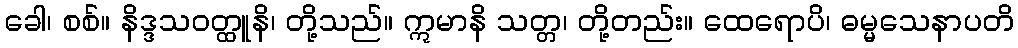
ခေါ၊ စစ်။ နိဒ္ဒသဝတ္ထူနိ၊ တို့သည်။ ဣမာနိ သတ္တ၊ တို့တည်း။ ထေရောပိ၊ ဓမ္မသေနာပတိ